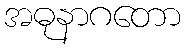
အဓုနာဂတော